Medical and sanitary report of the native army of Madras for the year
Year: 1875
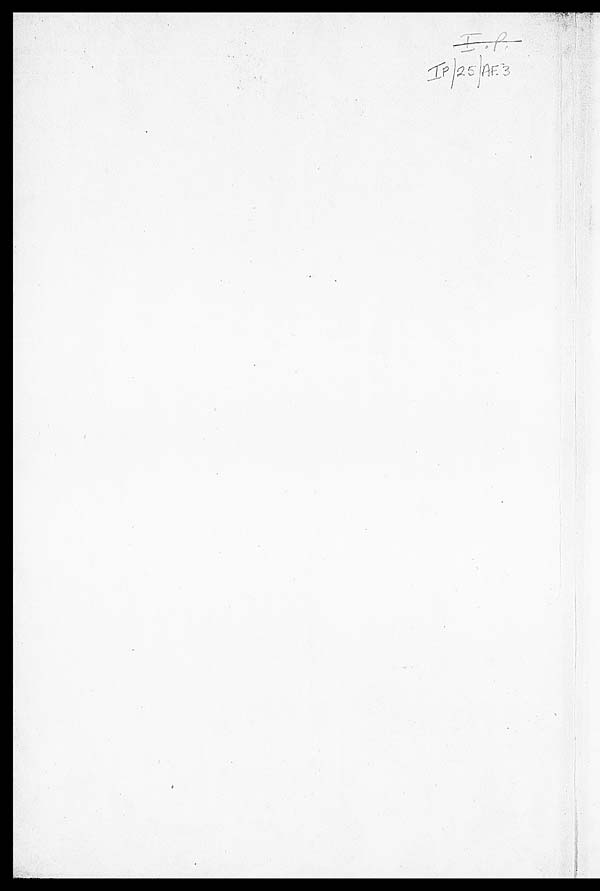
I.P.
IP/25/AE 3